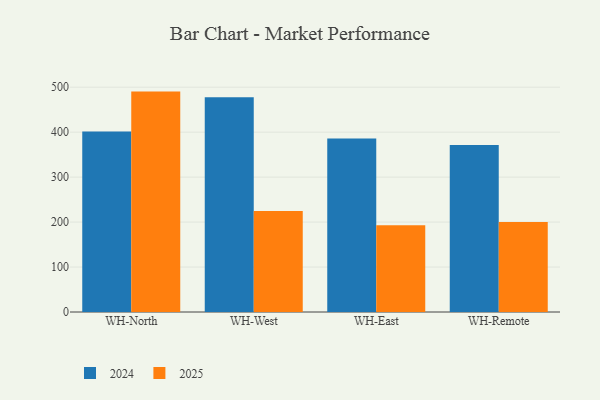
{"axis": {"x": "Warehouse", "y": "Conversion Rate (%)"}, "legend": ["2024", "2025"], "data": [{"x": "WH-North", "y": 401.2, "type": "2024"}, {"x": "WH-North", "y": 490.2, "type": "2025"}, {"x": "WH-West", "y": 477.4, "type": "2024"}, {"x": "WH-West", "y": 224.4, "type": "2025"}, {"x": "WH-East", "y": 386.0, "type": "2024"}, {"x": "WH-East", "y": 193.2, "type": "2025"}, {"x": "WH-Remote", "y": 371.2, "type": "2024"}, {"x": "WH-Remote", "y": 199.9, "type": "2025"}]}